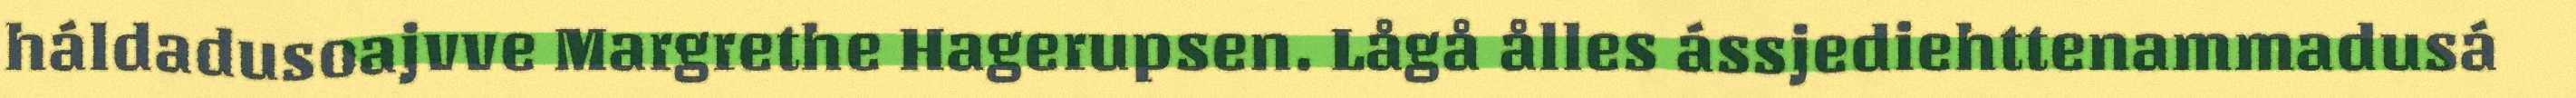
háldadusoajvve Margrethe Hagerupsen. Lågå ålles ássjediehttenammadusá